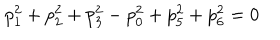
p _ { 1 } ^ { 2 } + p _ { 2 } ^ { 2 } + p _ { 3 } ^ { 2 } - p _ { 0 } ^ { 2 } + p _ { 5 } ^ { 2 } + p _ { 6 } ^ { 2 } = 0